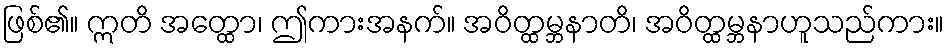
ဖြစ်၏။ ဣတိ အတ္ထော၊ ဤကားအနက်။ အဝိတ္ထမ္ဘနာတိ၊ အဝိတ္ထမ္ဘနာဟူသည်ကား။